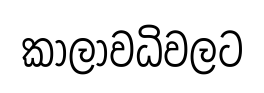
කාලාවධිවලට